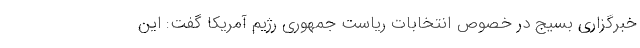
خبرگزاری بسیج در خصوص انتخابات ریاست جمهوری رژیم آمریکا گفت: این